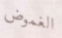
الغموض